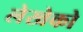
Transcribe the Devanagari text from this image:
लेखेको